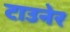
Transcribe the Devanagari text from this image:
टाउनेर